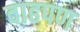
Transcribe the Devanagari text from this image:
वाढपण